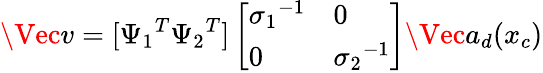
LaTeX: \Vec{v}=[{\Psi_{1}}^{T}{\Psi_{2}}^{T}]\left[\begin{array}{ll}{{\sigma_{1}}^{-1}}&{0}\\ {0}&{{\sigma_{2}}^{-1}}\end{array}\right]\Vec{a_{d}}(x_{c})